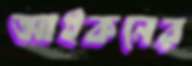
আইকনের